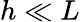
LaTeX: h\ll L